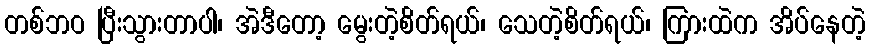
တစ်ဘဝ ပြီးသွားတာပါ၊ အဲဒီတော့ မွေးတဲ့စိတ်ရယ်၊ သေတဲ့စိတ်ရယ်၊ ကြားထဲက အိပ်နေတဲ့